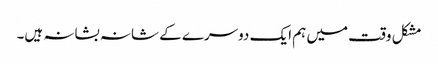
مشکل وقت میں ہم ایک دوسرے کے شانہ بشانہ ہیں۔